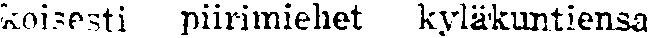
koisesti piirimiehet kyläkuntiensa